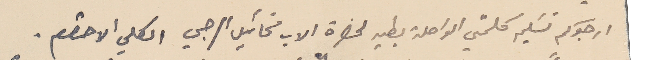
ارجوكم تسَليم كلمتي الواصلة بطيه لحضرة الاب مخائيل الرجي الكلي الاحترام.